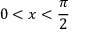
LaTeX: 0 < x < { \frac { \pi } { 2 } }